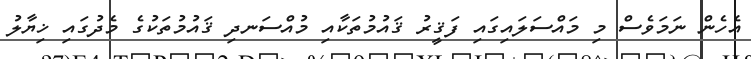
އެހެން ނަމަވެސް މި މައްސަލައިގައި ފަޤީރު ޤައުމުތަކާއި މުއްސަނދި ޤައުމުތަކުގެ މެދުގައި ޚިޔާލު